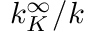
k _ { K } ^ { \infty } / k